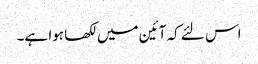
اس لئے کہ آئین میں لکھا ہوا ہے۔